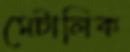
মেটালিক